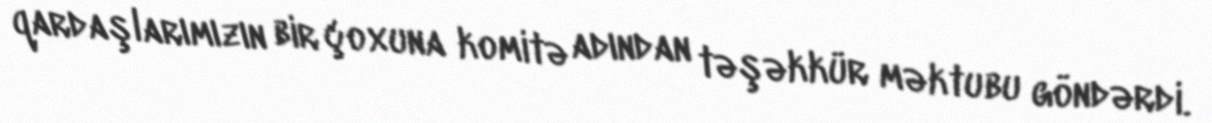
qardaşlarımızın bir çoxuna komitə adından təşəkkür məktubu göndərdi.